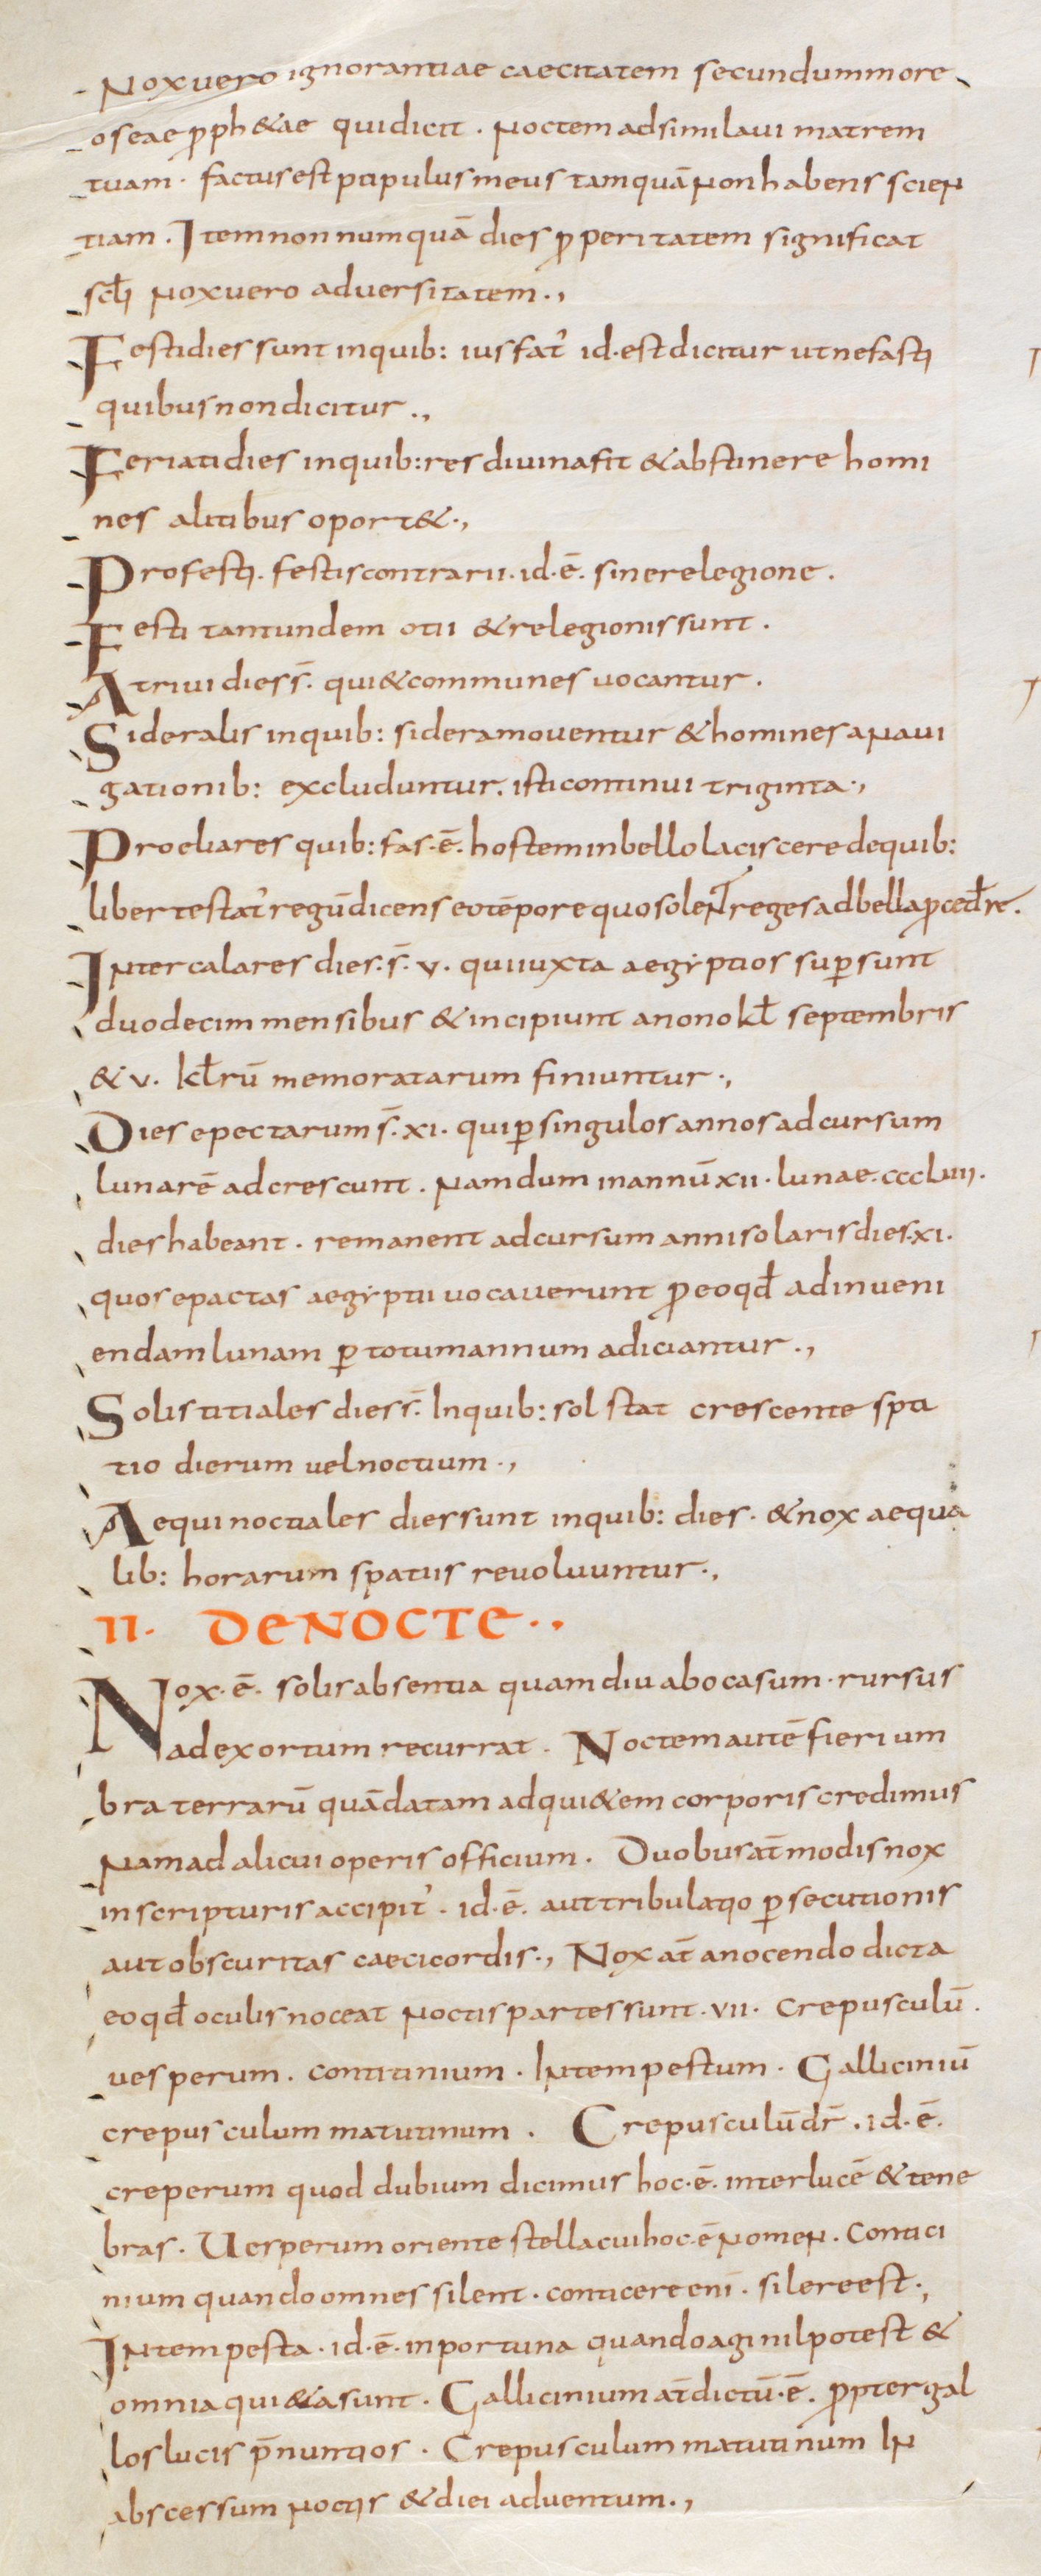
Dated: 800–829